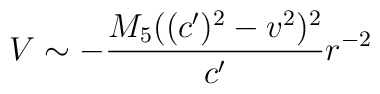
V \sim -\frac{M_{5}((c')^2 - v^2)^2}{c'} r^{-2}